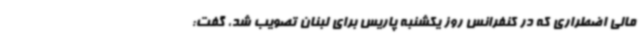
مالی اضطراری که در کنفرانس روز یکشنبه پاریس برای لبنان تصویب شد، گفت: